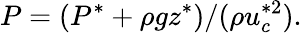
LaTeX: P=(P^{*}+\rho gz^{*})/(\rho u_{c}^{*2}).